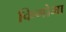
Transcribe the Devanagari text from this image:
किगोमा